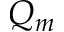
Q _ { m }